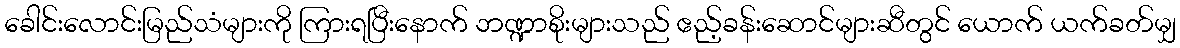
ခေါင်းလောင်းမြည်သံများကို ကြားရပြီးနောက် ဘဏ္ဍာစိုးများသည် ဧည့်ခန်းဆောင်များဆီတွင် ယောက် ယက်ခတ်မျှ